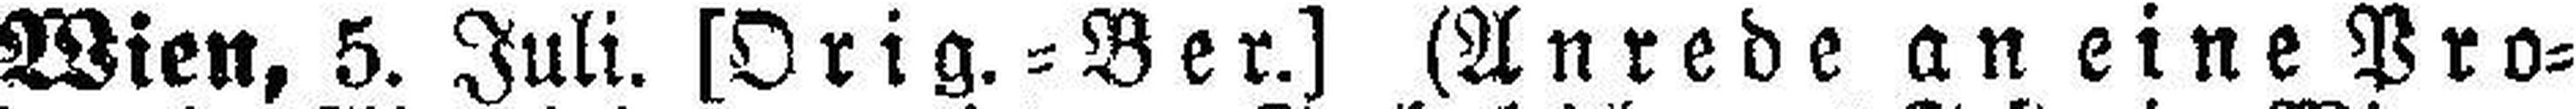
Wien, 5. Juli. [Orig.=Ber.] (Anrede an eine Pro¬